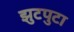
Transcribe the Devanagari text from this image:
झुटपुटा